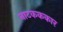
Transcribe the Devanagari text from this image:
नाटकककार